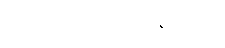
လမ်း အရမ်း ကြပ်နေမလား။